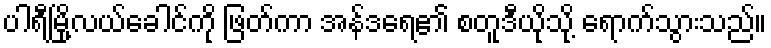
ပါရီမြို့လယ်ခေါင်ကို ဖြတ်ကာ အန်ဒရေ၏ စတူဒီယိုသို့ ရောက်သွားသည်။